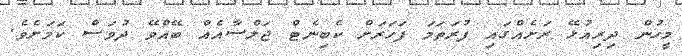
މީހުން ދިރިއުޅޭ ރަށެއްގައި ފުރަތަމަ ފަހަރަށް ކެބިނެޓް ޖަލްސާއެއް ބޭއްވޭ ދުވަސް ކަމަށެވެ.